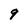
Character: 9